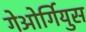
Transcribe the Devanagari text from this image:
गेओर्गियुस